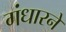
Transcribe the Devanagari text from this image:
गंधारने